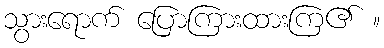
သွားရောက် ပြောကြားထားကြ၏ ။